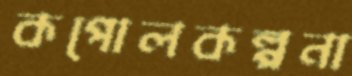
কপোলকল্পনা